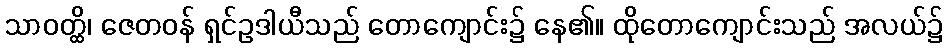
သာဝတ္ထိ၊ ဇေတဝန် ရှင်ဥဒါယီသည် တောကျောင်း၌ နေ၏။ ထိုတောကျောင်းသည် အလယ်၌